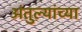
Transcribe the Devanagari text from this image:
अंतुल्यांच्या